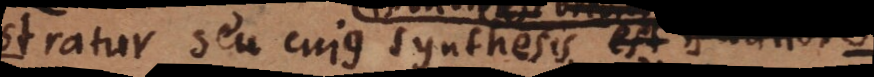
demonstratur seu cujus synthesis est facilior